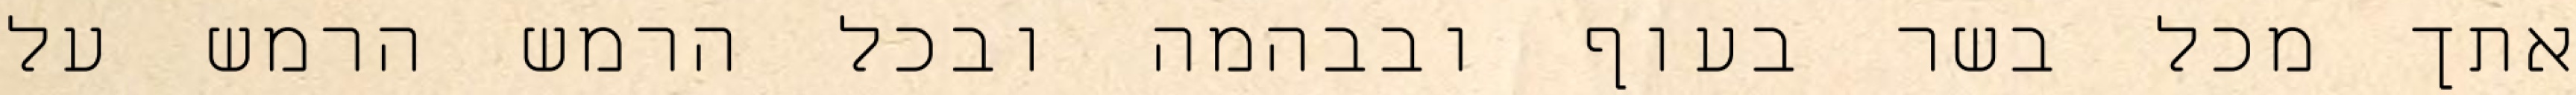
אתך מכל בשר בעוף ובבהמה ובכל הרמש הרמש על